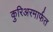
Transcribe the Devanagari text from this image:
कुरिअरमार्फत